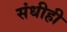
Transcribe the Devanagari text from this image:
संधीही